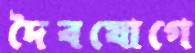
দৈবযোগে